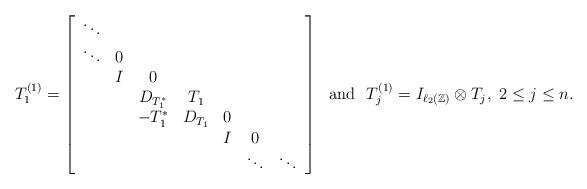
LaTeX: \begin{align*}T_1^{(1)} = \left[\begin{array}{ccccccc} \ddots&\\ \ddots&0 \\ &I & 0 \\ &&D_{T_1^*} & T_1 \\ &&-T_1^* & D_{T_1} & 0 \\ &&&&I&0 \\ &&&&&\ddots&\ddots\end{array}\right] \ \ \textrm{and} \ \ T_j^{(1)} = I_{\ell_2(\mathbb Z)} \otimes T_j, \ 2\leq j\leq n.\end{align*}